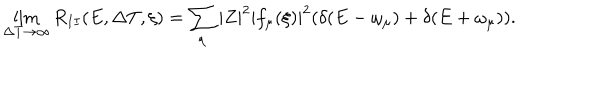
LaTeX: \lim _ { \Delta T \rightarrow \infty } R _ { I I } ( E , \Delta T , \xi ) = \sum _ { \mu } | Z | ^ { 2 } | f _ { \mu } ( \xi ) | ^ { 2 } ( \delta ( E - \omega _ { \mu } ) + \delta ( E + \omega _ { \mu } ) ) .